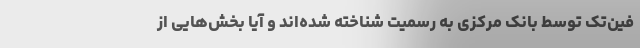
فین‌تک توسط بانک مرکزی به رسمیت شناخته شده‌اند و آیا بخش‌هایی از